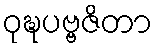
ဝုဍ္ဎပဗ္ဗဇိတာ